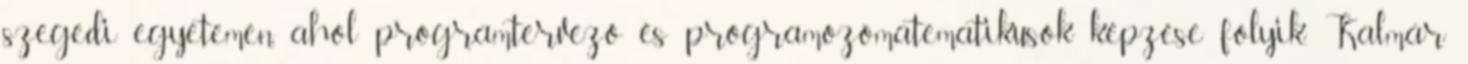
szegedi egyetemen, ahol programtervező és programozómatematikusok képzése folyik. Kalmár